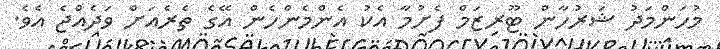
މުހަންމަދު ޝަރުހާން ޓޫރިޒަަމް ފެށުމާ އެކު އެންމެންހެން އޭގެ ތެރެއަށް ވަދެއްޖެ އެވެ.